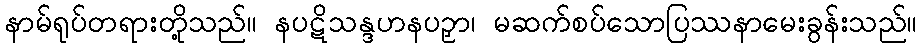
နာမ်ရုပ်တရားတို့သည်။ နပဋိသန္ဒဟနပဉှာ၊ မဆက်စပ်သောပြဿနာမေးခွန်းသည်။